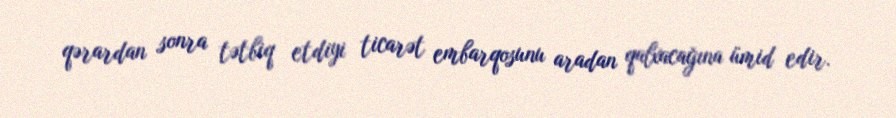
qərardan sonra tətbiq etdiyi ticarət embarqosunu aradan qalxacağına ümid edir.